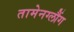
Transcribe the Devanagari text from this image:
तामेनग्लौंग